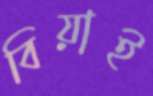
বিয়াই